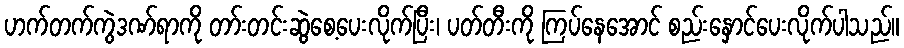
ဟက်တက်ကွဲဒဏ်ရာကို တာ်းတင်းဆွဲစေ့ပေးလိုက်ပြီး၊ ပတ်တီးကို ကြပ်နေအောင် စည်းနှောင်ပေးလိုက်ပါသည်။